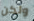
ولكن